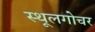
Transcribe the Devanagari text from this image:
स्थूलगोचर